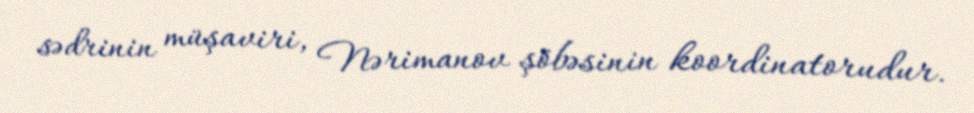
sədrinin müşaviri, Nərimanov şöbəsinin koordinatorudur.